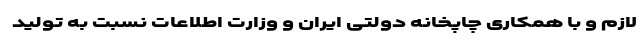
لازم و با همکاری چاپخانه دولتی ایران و وزارت اطلاعات نسبت به تولید